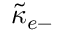
{ \tilde { \kappa } } _ { e - }